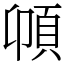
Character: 𩑝